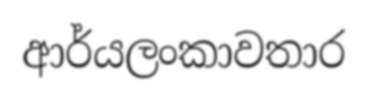
ආර්යලංකාවතාර